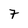
Character: 7